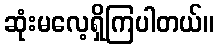
ဆုံးမလေ့ရှိကြပါတယ်။